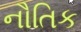
નૌતિક